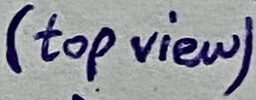
Text: (top view)